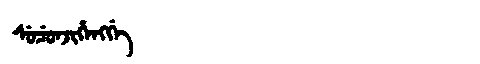
Manchu: ᠰᡠᠴᡠᠨᠵᡳᡥᡝᠩᡤᡝ
Romanization: SUCUNJIHENGGE